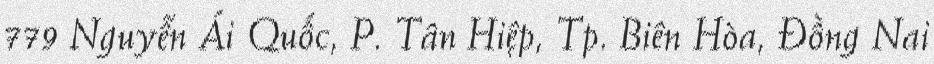
779 Nguyễn Ái Quốc, P. Tân Hiệp, Tp. Biên Hòa, Đồng Nai